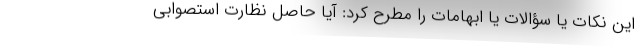
این نکات یا سؤالات یا ابهامات را مطرح کرد: آیا حاصل نظارت استصوابی